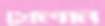
খেলান